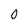
Character: 0